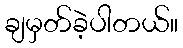
ချမှတ်ခဲ့ပါတယ်။